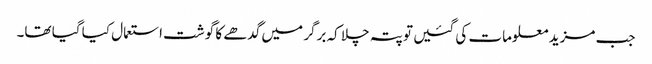
جب مزید معلومات کی گئیں تو پتہ چلا کہ برگر میں گدھے کا گوشت استعمال کیا گیا تھا۔